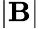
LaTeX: |\mathbf{B}|